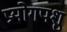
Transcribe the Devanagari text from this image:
प्रयोगपशु